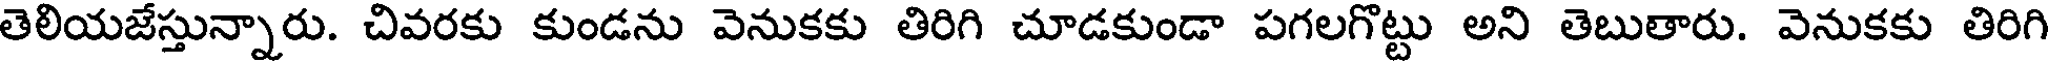
తెలియజేస్తున్నారు. చివరకు కుండను వెనుకకు తిరిగి చూడకుండా పగలగొట్టు అని తెబుతారు. వెనుకకు తిరిగి